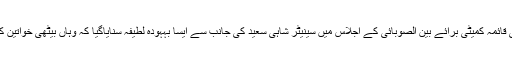
12 اکتوبر2017) سینیٹ کی قائمہ کمیٹی برائے بین الصوبائی کے اجلاس میں سینیٹر شاہی سعید کی جانب سے ایسا بہہودہ لطیفہ سنایاگیا کہ وہاں بیٹھی خواتین کے سر شرم سے جھک گئے۔